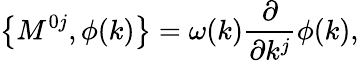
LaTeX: \left\{ M^{0j},\phi(k)\right\} =\omega(k)\frac\partial{\partial k^{j}}\phi(k),